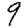
Digit: 9